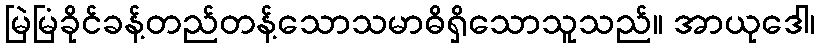
မြဲမြံခိုင်ခန့်တည်တန့်သောသမာဓိရှိသောသူသည်။ အာယုဒေါ၊